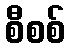
စီစစ်